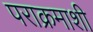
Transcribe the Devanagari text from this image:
पराक्रमाशी